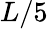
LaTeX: L/5